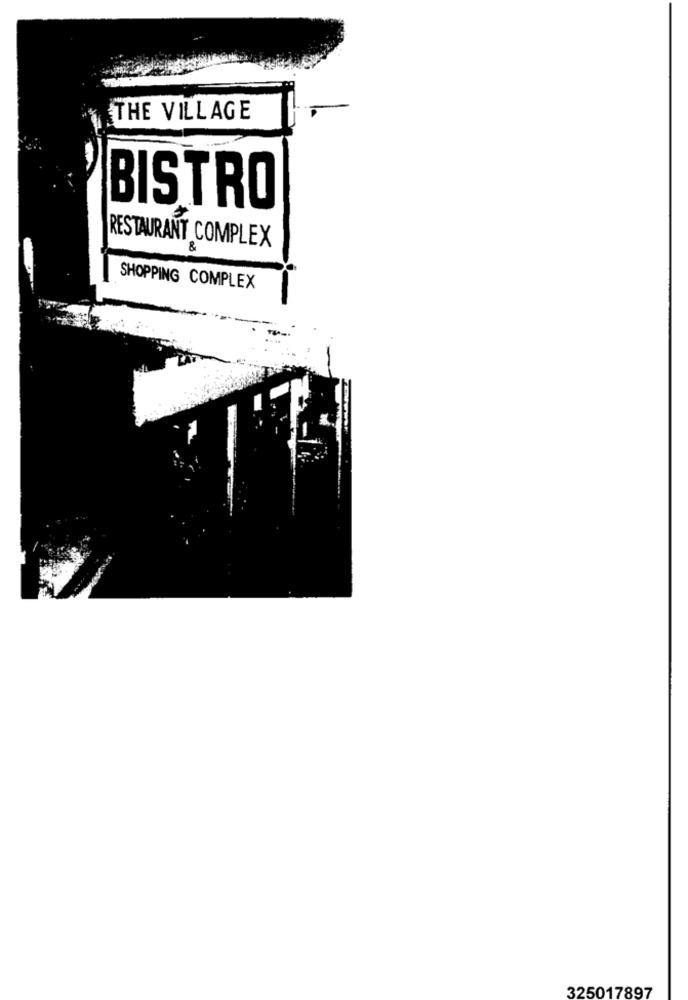
THE VILLAGE
BISTRO
RESTAURANT COMPLEX
&
SHOPPING COMPLEX
325017897